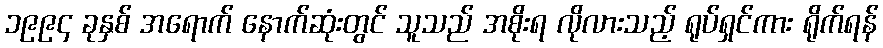
၁၉၉၄ ခုနှစ် အရောက် နောက်ဆုံးတွင် သူသည် အစိုးရ လိုလားသည့် ရုပ်ရှင်ကား ရိုက်ရန်